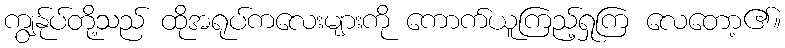
ကျွန်ုပ်တို့သည် ထိုအရုပ်ကလေးများကို ကောက်ယူကြည့်ရှုကြ လေတော့၏။